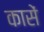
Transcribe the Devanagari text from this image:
कासें